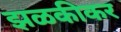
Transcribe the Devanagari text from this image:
झळकीकर